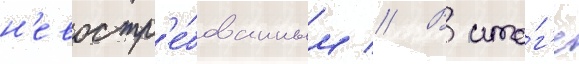
н'евостр'е́бованным // В ито́г'е